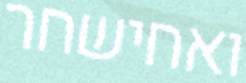
ואחישחר